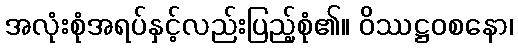
အလုံးစုံအရပ်နှင့်လည်းပြည့်စုံ၏။ ဝိဿဋ္ဌဝစနော၊